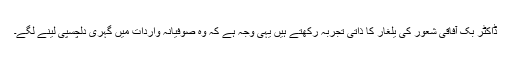
ڈاکٹر بک آفاقی شعور کی یلغار کا ذاتی تجربہ رکھتے ہیں یہی وجہ ہے کہ وہ صوفیانہ واردات میں گہری دلچسپی لینے لگے۔